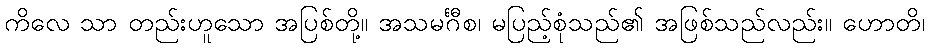
ကိလေ သာ တည်းဟူသော အပြစ်တို့။ အသမင်္ဂီစ၊ မပြည့်စုံသည်၏ အဖြစ်သည်လည်း။ ဟောတိ၊